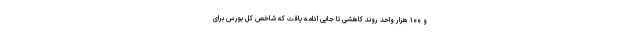
و ۱۰۰ هزار واحد روند کاهشی تا جایی ادامه یافت که شاخص کل بورس برای